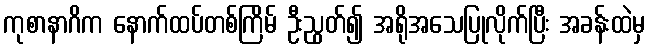
ကုစာနာဂိက နောက်ထပ်တစ်ကြိမ် ဦးညွတ်၍ အရိုအသေပြုလိုက်ပြီး အခန်းထဲမှ